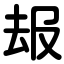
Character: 叝